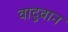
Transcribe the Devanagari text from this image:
वादुवान